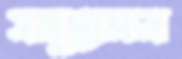
সমুদ্ভাসন